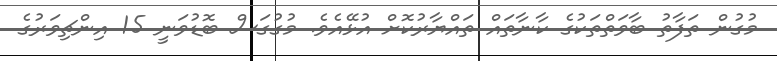
މުގުން ތަފާތު ބާވަތްތަކުގެ ކާނާތައް ތައްޔާރުކޮށް އުޅޭއެވެ. މުގުގަސް ބޮޑުވަނީ 15 އިންޗިވަރުގެ